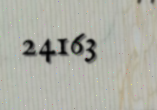
24163